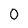
Character: 0